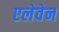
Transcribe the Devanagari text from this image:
एलेवेन